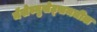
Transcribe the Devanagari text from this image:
मॅसेच्युसेट्समधील